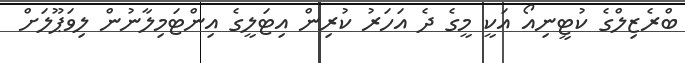
ބްރެޒިލްގެ ކުޓީނިއޯ އަކީ މީގެ ދެ އަހަރު ކުރިން އިޓަލީގެ އިންޓަމިލާނުން ލިވަޕޫލަށް